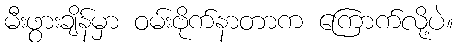
မီးဖွားချိန်မှာ ဝမ်းဗိုက်နာတာက ကြောက်လို့ပဲ။